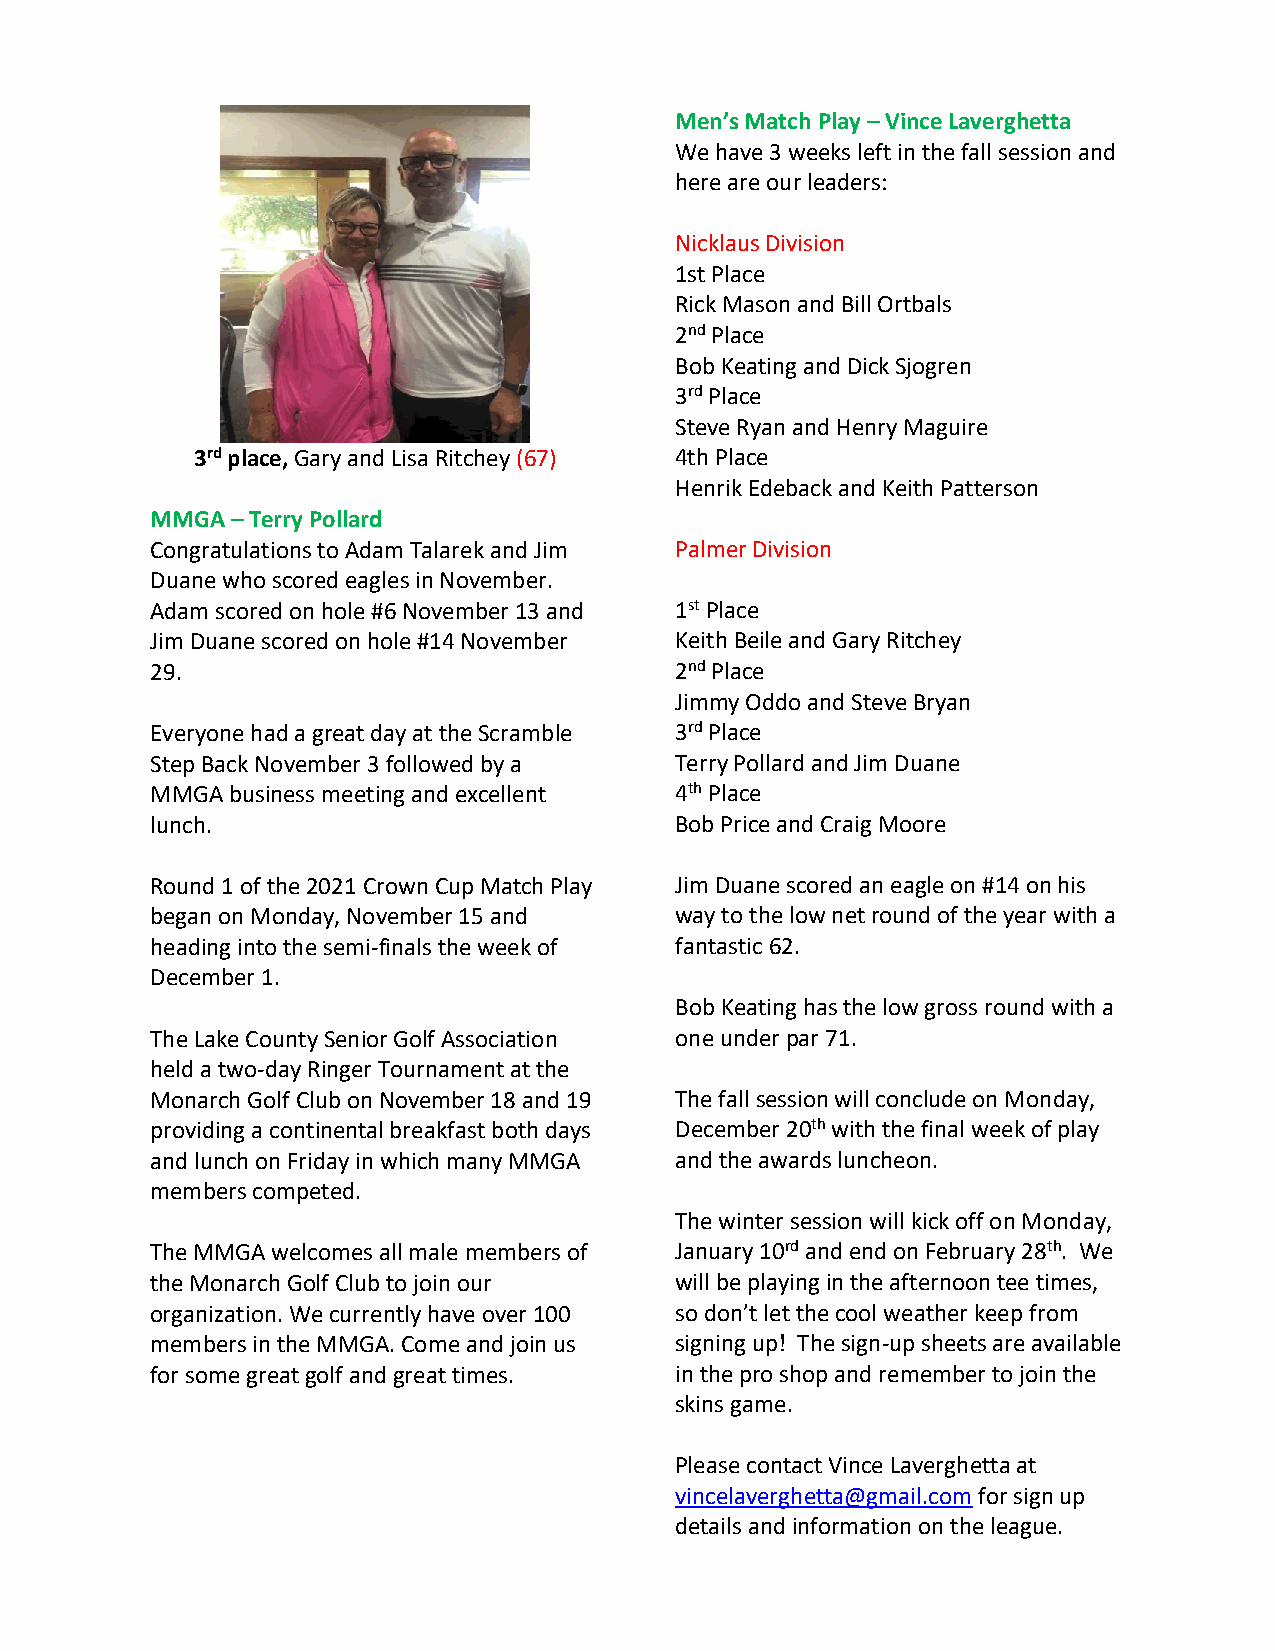
Men’s Match Play – Vince Laverghetta
 We have 3 weeks left in the fall session and
 here are our leaders:
 Nicklaus Division
 1st Place
 Rick Mason and Bill Ortbals
 2nd Place
 Bob Keating and Dick Sjogren
 3rd Place
 Steve Ryan and Henry Maguire
 3rd place, Gary and Lisa Ritchey (67) 4th Place
 Henrik Edeback and Keith Patterson
 MMGA – Terry Pollard
 Congratulations to Adam Talarek and Jim Palmer Division
 Duane who scored eagles in November.
 Adam scored on hole #6 November 13 and 1st Place
 Jim Duane scored on hole #14 November Keith Beile and Gary Ritchey
 29.                                2nd Place
 Jimmy Oddo and Steve Bryan
 Everyone had a great day at the Scramble 3rd Place
 Step Back November 3 followed by a Terry Pollard and Jim Duane
 MMGA business meeting and excellent 4th Place
 lunch.                             Bob Price and Craig Moore
 Round 1 of the 2021 Crown Cup Match Play Jim Duane scored an eagle on #14 on his
 began on Monday, November 15 and   way to the low net round of the year with a
 heading into the semi-finals the week of fantastic 62.
 December 1.
 Bob Keating has the low gross round with a
 The Lake County Senior Golf Association one under par 71.
 held a two-day Ringer Tournament at the
 Monarch Golf Club on November 18 and 19 The fall session will conclude on Monday,
 providing a continental breakfast both days December 20th with the final week of play
 and lunch on Friday in which many MMGA and the awards luncheon.
 members competed.
 The winter session will kick off on Monday,
 The MMGA welcomes all male members of January 10rd and end on February 28th. We
 the Monarch Golf Club to join our  will be playing in the afternoon tee times,
 organization. We currently have over 100 so don’t let the cool weather keep from
 members in the MMGA. Come and join us signing up! The sign-up sheets are available
 for some great golf and great times. in the pro shop and remember to join the
 skins game.
 Please contact Vince Laverghetta at
 vincelaverghetta@gmail.com for sign up
 details and information on the league.